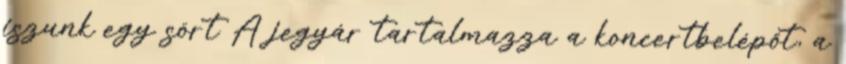
iszunk egy sört A jegyár tartalmazza a koncertbelépőt, a